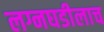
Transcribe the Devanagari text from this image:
लग्नघडीलाच